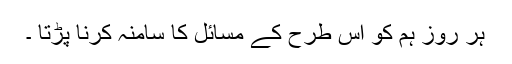
ہر روز ہم کو اس طرح کے مسائل کا سامنہ کرنا پڑتا ۔